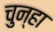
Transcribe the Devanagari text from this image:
चुन्हा